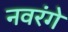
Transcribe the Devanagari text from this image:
नवरंगे